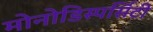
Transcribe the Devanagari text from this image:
मोनोडिस्पर्सिटी